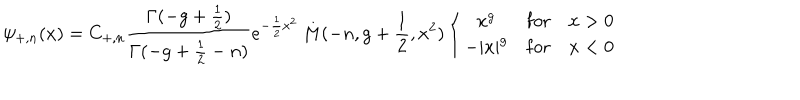
\psi _ { + , n } ( x ) = C _ { + , n } \frac { \Gamma ( - g + { \frac { 1 } { 2 } } ) } { \Gamma ( - g + { \frac { 1 } { 2 } } - n ) } e ^ { - { \frac { 1 } { 2 } } x ^ { 2 } } \, M ( - n , g + { \frac { 1 } { 2 } } , x ^ { 2 } ) \left\{ \begin{array} { c l l } { { x ^ { g } } } & { { \mathrm { f o r } } } & { { x > 0 } } \\ { { - | x | ^ { g } } } & { { \mathrm { f o r } } } & { { x < 0 } } \\ \end{array} \right.